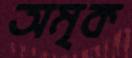
অমৃক